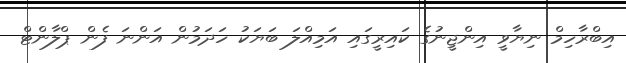
އިބްރާހިމް ނިޔާވީ އިންޖީނުގެ ކައިރީގައި އަމިއްލަ ބަޔަކު ހަދަމުން އަންނަ ފެން ޕްލާންޓް